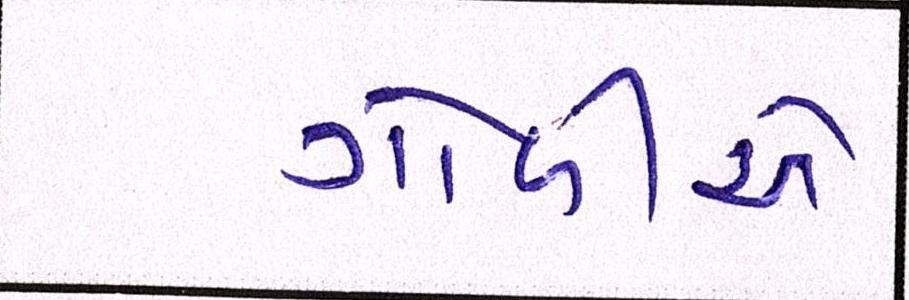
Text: ગોળીએ